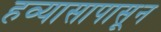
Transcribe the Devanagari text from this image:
हव्यासापासून